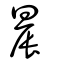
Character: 晨